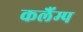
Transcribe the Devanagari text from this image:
कलैंम्प